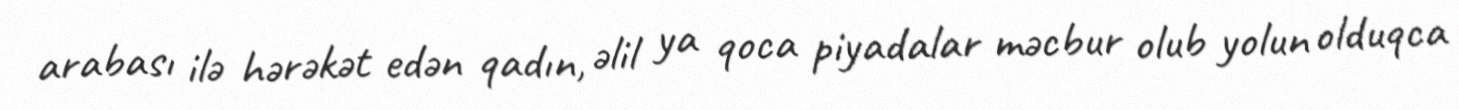
arabası ilə hərəkət edən qadın, əlil ya qoca piyadalar məcbur olub yolun olduqca